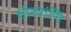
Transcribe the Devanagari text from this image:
क्षीरपाणि